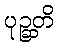
ပုဉ္ဆတိ